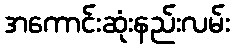
အကောင်းဆုံးနည်းလမ်း